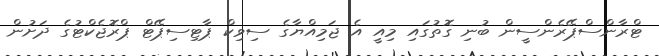
ޓްރާންސްޕޭރެންސީން ބުނި ގޮތުގައި މިއީ އެ ޖަމިއްޔާގެ ސިވިކް ޕާޓިސިޕޭޓް ޕްރޮޖެކްޓުގެ ދަށުން